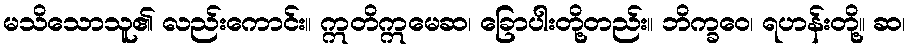
မသိသောသူ၏ လည်းကောင်း။ ဣတိဣမေဆ၊ ခြောပါးတို့တည်း။ ဘိက္ခဝေ၊ ရဟန်းတို့။ ဆ၊